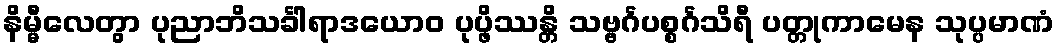
နိမ္မီလေတွာ ပုညာဘိသင်္ခါရာဒယောဝ ပုပ္ဖိဿန္တိ သဗ္ဗင်္ဂပစ္စင်္ဂသိရီ ပတ္တုကာမေန သုပ္ပမာဏံ